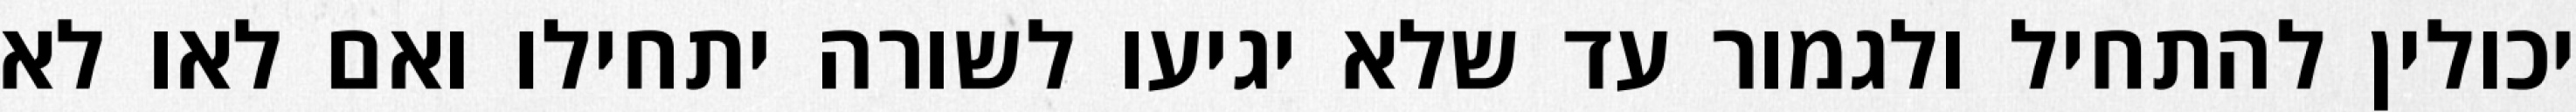
יכולין להתחיל ולגמור עד שלא יגיעו לשורה יתחילו ואם לאו לא